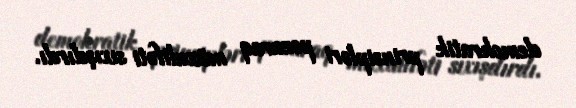
demokratik prinsipləri pozaraq müxalifəti sıxışdırdı.